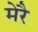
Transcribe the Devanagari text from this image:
मेरै